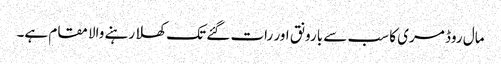
مال روڈ مری کا سب سے بارونق اور رات گئے تک کھلا رہنے والا مقام ہے۔